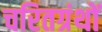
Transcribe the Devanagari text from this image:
चरितग्रंथों